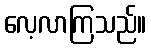
လေ့လာကြသည်။